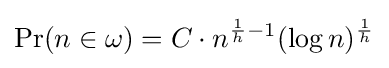
\Pr(n\in \omega )=C\cdot n^{{\frac {1}{h}}-1}(\log n)^{\frac {1}{h}}